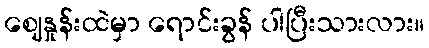
ဈေနှုန်းထဲမှာ ရောင်းခွန် ပါပြီးသားလား။